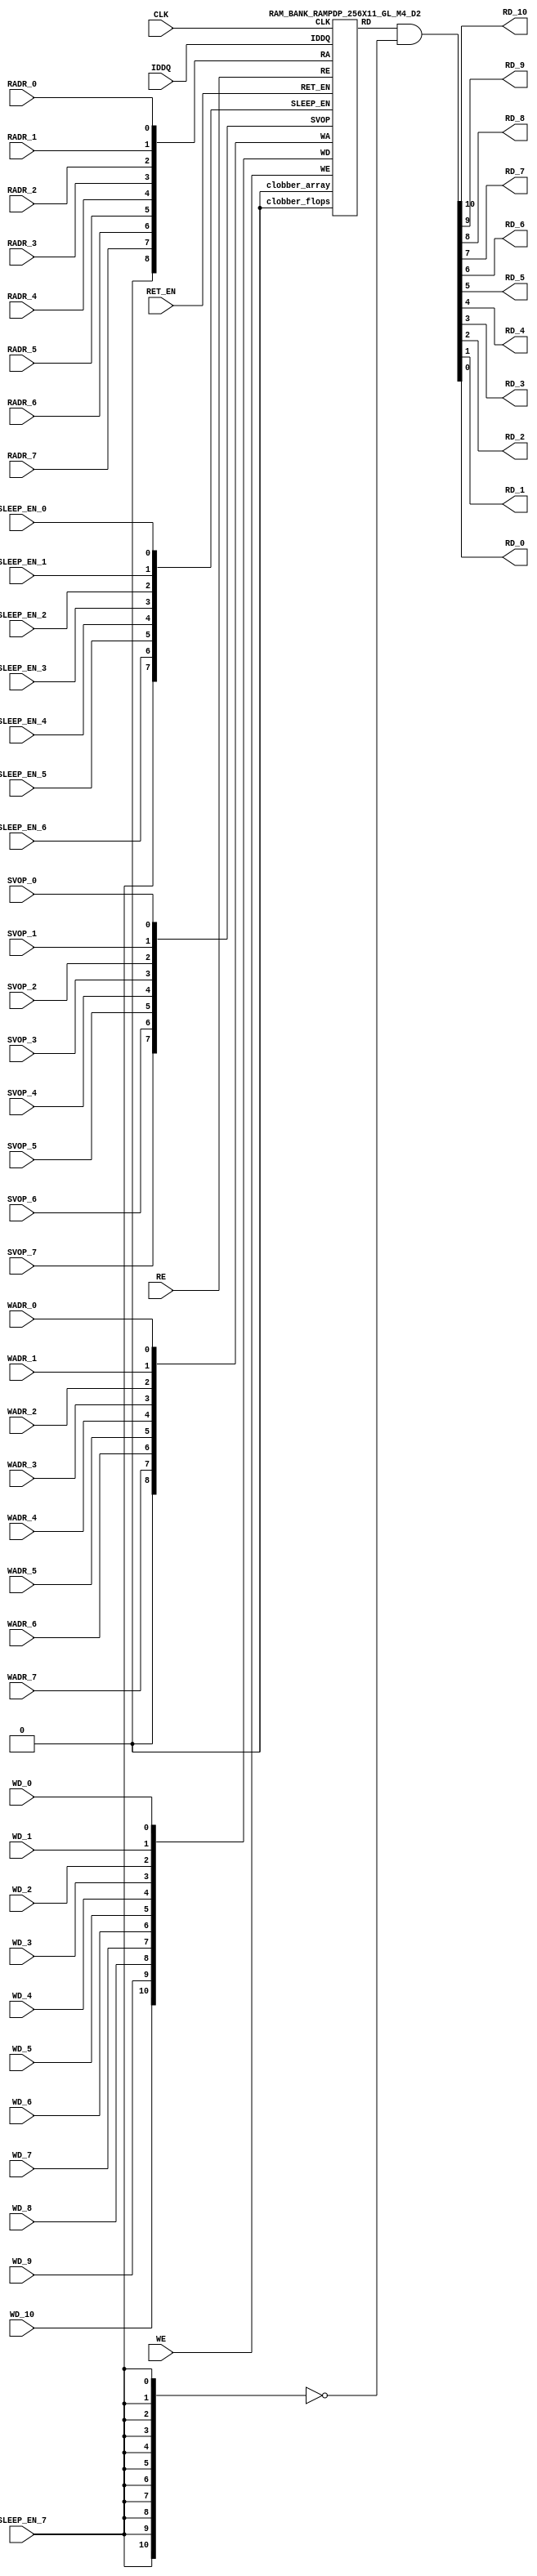
// ================================================================
// NVDLA Open Source Project
// 
// Copyright(c) 2016 - 2017 NVIDIA Corporation.  Licensed under the
// NVDLA Open Hardware License; Check "LICENSE" which comes with 
// this distribution for more information.
// ================================================================


`ifdef EMULATION
	`define SYNTHESIS
`endif

`ifndef SYNTHESIS
	`ifdef FAULT_INJECTION
		`define SIM_and_FAULT
	`endif
`endif

`ifndef SYNTHESIS
	`ifdef MONITOR
		`define SIM_and_MONITOR
	`endif
`endif


`ifndef SYNTHESIS 
`timescale 10ps/1ps
`endif 
`celldefine
module RAMPDP_256X11_GL_M4_D2 (  WE,  CLK, IDDQ, SVOP_0, SVOP_1, SVOP_2, SVOP_3, SVOP_4, SVOP_5, SVOP_6, SVOP_7 
,WD_10, WD_9, WD_8, WD_7, WD_6, WD_5, WD_4, WD_3, WD_2, WD_1, WD_0,RD_10, RD_9, RD_8, RD_7, RD_6, RD_5, RD_4, RD_3, RD_2, RD_1, RD_0, RE
, RADR_7, RADR_6, RADR_5, RADR_4, RADR_3, RADR_2, RADR_1, RADR_0, WADR_7, WADR_6, WADR_5, WADR_4, WADR_3, WADR_2, WADR_1, WADR_0, SLEEP_EN_7, SLEEP_EN_6, SLEEP_EN_5, SLEEP_EN_4, SLEEP_EN_3, SLEEP_EN_2, SLEEP_EN_1, SLEEP_EN_0, RET_EN
);

// nvProps NoBus SLEEP_EN_

`ifndef RAM_INTERFACE
`ifndef SYNTHESIS
// Physical ram size defined as localparam
parameter phy_rows = 64;
parameter phy_cols = 44;
parameter phy_rcols_pos = 44'b00000000000000000000000000000000000000000000;

`endif //SYNTHESIS
`endif //RAM_INTERFACE

// Test mode control ports
input IDDQ;
// Clock port
input CLK;
// SVOP ports
input SVOP_0, SVOP_1, SVOP_2, SVOP_3, SVOP_4, SVOP_5, SVOP_6, SVOP_7;
// Write data ports
input WD_10, WD_9, WD_8, WD_7, WD_6, WD_5, WD_4, WD_3, WD_2, WD_1, WD_0;
// Read data ports
output RD_10, RD_9, RD_8, RD_7, RD_6, RD_5, RD_4, RD_3, RD_2, RD_1, RD_0;
// Read enable ports
input RE;
// Write enable ports
input WE;
// Read address ports
input RADR_7, RADR_6, RADR_5, RADR_4, RADR_3, RADR_2, RADR_1, RADR_0;
// Write address ports
input WADR_7, WADR_6, WADR_5, WADR_4, WADR_3, WADR_2, WADR_1, WADR_0;

// PG Zone enables
input SLEEP_EN_0, SLEEP_EN_1, SLEEP_EN_2, SLEEP_EN_3, SLEEP_EN_4, SLEEP_EN_5, SLEEP_EN_6, SLEEP_EN_7, RET_EN;

`ifndef RAM_INTERFACE
wire VDD = 1'b1;
wire GND  = 1'b0;

// Combine the sleep enable pins into one bus
	wire [7:0] SLEEP_EN = {SLEEP_EN_7, SLEEP_EN_6, SLEEP_EN_5, SLEEP_EN_4, SLEEP_EN_3, SLEEP_EN_2, SLEEP_EN_1, SLEEP_EN_0};

// Signal to clamp the outputs when the VDD is power gated off.
	wire clamp_rd   = SLEEP_EN[7] ;

// State point clobering signals
// X-out state points when their power goes out
    wire clobber_x;
`ifndef SYNTHESIS
`ifdef DISABLE_REPAIR_X
    wire check_x = (RET_EN ^ (^SLEEP_EN[7:0]) ^  SVOP_0 ^ SVOP_1 ^ SVOP_2 ^ SVOP_3 ^ SVOP_4 ^ SVOP_5 ^ SVOP_6 ^ SVOP_7);
`else 
    wire check_x = (RET_EN ^ (^SLEEP_EN[7:0]) ^  SVOP_0 ^ SVOP_1 ^ SVOP_2 ^ SVOP_3 ^ SVOP_4 ^ SVOP_5 ^ SVOP_6 ^ SVOP_7 );
`endif 
    assign clobber_x = ((check_x === 1'bx) || (check_x === 1'bz))?1'b1:1'b0;
 
    wire clobber_array = (~RET_EN & (|SLEEP_EN[3:0]))  | clobber_x;
    wire clobber_flops = (|SLEEP_EN[7:4]) | clobber_x ;
`else //SYNTHESIS
    wire clobber_array = 1'b0;
    wire clobber_flops = 1'b0;
    assign clobber_x = 1'b0;
`endif //SYNTHESIS 

// Output valid signal
// Outputs are unknown in non-retention mode if VDDM is powered up , but VDD is not 
    wire outvalid;
	assign outvalid = ~(clobber_x | (~RET_EN & (|SLEEP_EN[3:0]) & (|(~SLEEP_EN[7:4]))));


//assemble & rename wires
// Extend the MSB's of the read/write addresses to cover all the flop inputs
// The number of address flops is fixed. Also combine all the individual *_* bits into one bus
	wire [8:0] RA = {1'b0, RADR_7, RADR_6, RADR_5, RADR_4, RADR_3, RADR_2, RADR_1, RADR_0};
	wire [8:0] WA = {1'b0, WADR_7, WADR_6, WADR_5, WADR_4, WADR_3, WADR_2, WADR_1, WADR_0};
// Combine all the write data input bits
	wire [10:0] WD = {WD_10, WD_9, WD_8, WD_7, WD_6, WD_5, WD_4, WD_3, WD_2, WD_1, WD_0};
	wire [10:0] RD;
// Expand the read data bus into individual output bits
//	assign {RD_10, RD_9, RD_8, RD_7, RD_6, RD_5, RD_4, RD_3, RD_2, RD_1, RD_0} = (outvalid) ? RD : 11'bx;
// Do the read data swizzing based on the number of words and bits. 
`ifndef SYNTHESIS
	assign {RD_10, RD_9, RD_8, RD_7, RD_6, RD_5, RD_4, RD_3, RD_2, RD_1, RD_0} = (outvalid) ? RD & ~{11{clamp_rd}} : 11'bx;
`else
	assign {RD_10, RD_9, RD_8, RD_7, RD_6, RD_5, RD_4, RD_3, RD_2, RD_1, RD_0} =  RD & ~{11{clamp_rd}};
`endif
	wire [7:0] SVOP = {SVOP_7, SVOP_6, SVOP_5, SVOP_4, SVOP_3, SVOP_2, SVOP_1, SVOP_0};


`ifndef EMULATION

// Instantiate memory bank
// This block defines the core functionality of the rams.
	RAM_BANK_RAMPDP_256X11_GL_M4_D2 ITOP ( WE, CLK, IDDQ, SVOP, WD, RD, RE, RA, WA
, SLEEP_EN
,  RET_EN, clobber_array , clobber_flops 
);

`ifndef SYNTHESIS 
// Tasks for initializing the arrays
//VCS coverage off    
always  @(clobber_array) begin : clobber_array_block
    integer i;
    if (clobber_array) begin
	    for (i=0; i<256; i=i+1) begin
		     mem_wr_raw(i, {11{1'bx}});
		end
    end
end


always  @(clobber_flops) begin
  if (clobber_flops) begin
      ITOP.RE_LATB <= 1'bx;
      ITOP.RE_FF <= 1'bx;
      ITOP.WE_LATB <= 1'bx;
      ITOP.WE_FF <= 1'bx;
      ITOP.RADR <= 9'bx;
      ITOP.WADR <= 9'bx;
      ITOP.WAFF <= 9'bx;
      ITOP.WDQ_pr <= 11'bx;
      ITOP.dout <= 11'bx;
  end
end  
//VCS coverage on    

//VCS coverage off    
task mem_wr_raw;
  input [7:0] addr;
  input [10:0] data;
  begin
    if (addr[1:0] == 2'b00) 
        ITOP.iow0.mem_wr_raw_subbank(addr[7:2], data);
    else if (addr[1:0] == 2'b01)
        ITOP.iow1.mem_wr_raw_subbank(addr[7:2], data);
    else if (addr[1:0] == 2'b10)
        ITOP.iow2.mem_wr_raw_subbank(addr[7:2], data);
    else if (addr[1:0] == 2'b11)
        ITOP.iow3.mem_wr_raw_subbank(addr[7:2], data);
  end
endtask

// Ramgen function for writing the arrays 
task mem_write;
  input [7:0] addr;
  input [10:0] data;
  begin
    ITOP.mem_write_bank(addr,data);
  end
endtask

// Ramgen function for reading the arrays 
function [10:0] mem_read;
input [7:0] addr;
  begin
        mem_read = ITOP.mem_read_bank(addr);
  end
endfunction


// Random only generates 32 bit value.
// If nbits > 32, call it multiple times
// Old random fill fills all memory locations with same random value


task mem_fill_random;
	reg [10:0] val;
	integer i;
	begin
		for (i=0; i<256; i=i+1) begin
		    val = {$random};
		    mem_wr_raw(i, val);
		end
	end 
endtask

// Fill the memory with a given bit value 
task mem_fill_value;
    input fill_bit;
	reg [10:0] val;
    integer i;
    begin
        val = {11{fill_bit}};
        for (i=0; i<256; i=i+1) begin
		    mem_wr_raw(i, val);
        end
    end
endtask 

// read logical address and feed into salat
task force_rd;
input [7:0] addr;
	reg [10:0] rd;

	`ifdef USE_RAMINIT_LIBS
	reg raminit_active, raminit_argcheck, raminit_debug, raminit_enable, raminit_random, raminit_invert,
	    raminit_val, raminit_waitclock, raminit_use_force;
	real raminit_delay_ns, raminit_waitclock_check_ns;
	initial
	begin
	  raminit_active    = 0; // default is inactive (plusarg to active the ram init functionality)
	  raminit_argcheck  = 0; // default is no plusargs check (apart from raminit_active and raminit_argcheck)
	  raminit_debug     = 0; // default is no debug messages
	  raminit_enable    = 0; // default is no init (variable indicating if the ram init functionality is enabled for this instance)
	  raminit_random    = 0; // default is no random init
	  raminit_invert    = 0; // default is not to invert the init value
	  raminit_val       = 0; // default init value is zero
	  raminit_waitclock = 0; // default is not to wait to clock to be non-X
	  raminit_use_force = 1; // default is to use force/release
	  raminit_delay_ns           = `ifdef NV_TOP_RESET_ON_DELAY  (`NV_TOP_RESET_ON_DELAY+2) `else 3 `endif; // default is 2ns after nv_top_reset_ goes low or ram clock is not X
	  raminit_waitclock_check_ns = `ifdef NV_TOP_RESET_OFF_DELAY (`NV_TOP_RESET_OFF_DELAY)  `else 0 `endif; // default is when nv_top_reset_ goes high
	  $value$plusargs("raminit_active=%d",    raminit_active);
	  $value$plusargs("raminit_argcheck=%d",  raminit_argcheck);
	  if (raminit_argcheck)
	  begin
	    // The following variables are not usually used as plusargs, but instead set through add_inst_array calls or the init_inst_file.
	    $value$plusargs("raminit_debug=%d",              raminit_debug);
	    $value$plusargs("raminit_enable=%d",             raminit_enable);
	    $value$plusargs("raminit_random=%d",             raminit_random);
	    $value$plusargs("raminit_invert=%d",             raminit_invert);
	    $value$plusargs("raminit_val=%d",                raminit_val);
	    $value$plusargs("raminit_waitclock=%d",          raminit_waitclock);
	    $value$plusargs("raminit_delay_ns=%f",           raminit_delay_ns);
	    $value$plusargs("raminit_waitclock_check_ns=%f", raminit_waitclock_check_ns);
	    $value$plusargs("raminit_use_force=%d",          raminit_use_force);
	  end
	  `ifdef INST_CHECK
	  `INST_CHECK(ram_inst_check0,raminit_active,raminit_debug,raminit_enable,raminit_random,raminit_val,raminit_invert,raminit_waitclock,raminit_delay_ns,raminit_waitclock_check_ns);
	  `endif
	  if (!raminit_active)  raminit_enable = 0;
	  else if (raminit_enable)
	  begin
	    if (raminit_random) raminit_val = `ifdef NO_PLI 1'b0 `else $RollPLI(0,1) `endif;
	    if (raminit_invert) raminit_val = ~raminit_val;
	  end
	  if (raminit_debug)
	  begin
	    $display("%m: raminit_active              = %d", raminit_active);
	    $display("%m: raminit_argcheck            = %d", raminit_argcheck);
	    $display("%m: raminit_debug               = %d", raminit_debug);
	    $display("%m: raminit_enable              = %d", raminit_enable);
	    $display("%m: raminit_random              = %d", raminit_random);
	    $display("%m: raminit_invert              = %d", raminit_invert);
	    $display("%m: raminit_val                 = %d", raminit_val);
	    $display("%m: raminit_waitclock           = %d", raminit_waitclock);
	    $display("%m: raminit_delay_ns            = %f ns", raminit_delay_ns);
	    $display("%m: raminit_waitclock_check_ns  = %f ns", raminit_waitclock_check_ns);
	    $display("%m: raminit_use_force           = %d", raminit_use_force);
	  end
	end
	`endif

	`ifdef USE_RAMINIT_LIBS
	// init rd
	task init_rd_regs;
	begin
	  #0; // wait for raminit variables to be set
	  if (raminit_enable)
	  begin : raminit_val_blk
	    reg [11-1:0] raminit_fullval;
	    if (raminit_random)  raminit_fullval = `ifdef NO_PLI {11 {1'b1}} `else { $RollPLI(0,{11{1'b1}}) } `endif ;
	    else                 raminit_fullval = {11 {raminit_val}};
	    if (raminit_invert)  raminit_fullval = ~raminit_fullval;
	    if (raminit_use_force)  force rd = raminit_fullval;
	    if (raminit_waitclock)  wait ( !== 1'bx);
	    #(raminit_delay_ns*100);
	    `ifdef INST_WAITCLOCK_CHECK
	    `INST_WAITCLOCK_CHECK(waitclock_inst_check0,raminit_waitclock,raminit_waitclock_check_ns,100)
	    `endif
	    if (raminit_use_force)  release rd;
	    rd = raminit_fullval;
	  end
	end
	endtask
	initial begin init_rd_regs();  end
	`ifdef RAMINIT_TRIGGER
	always @(`RAMINIT_TRIGGER)  init_rd_regs();
	`endif
	`endif // `ifdef USE_RAMINIT_LIBS

	begin
        if (addr[1:0] == 2'b00) 
            rd = ITOP.iow0.mem_read_raw_subbank(addr[7:2]);
        else if (addr[1:0] == 2'b01)
            rd = ITOP.iow1.mem_read_raw_subbank(addr[7:2]);
        else if (addr[1:0] == 2'b10)
            rd = ITOP.iow2.mem_read_raw_subbank(addr[7:2]);
        else if (addr[1:0] == 2'b11)
            rd = ITOP.iow3.mem_read_raw_subbank(addr[7:2]);
		ITOP.dout = rd;
	end
endtask

`ifdef MEM_PHYS_INFO
//function for physical array read row, takes physical address
function [43:0] mem_phys_read_padr;
input [5:0] addr;
	reg [43:0] rd_row;

	`ifdef USE_RAMINIT_LIBS
	// init rd_row
	task init_rd_row_regs;
	begin
	  #0; // wait for raminit variables to be set
	  if (raminit_enable)
	  begin : raminit_val_blk
	    reg [44-1:0] raminit_fullval;
	    if (raminit_random)  raminit_fullval = `ifdef NO_PLI {44 {1'b1}} `else { $RollPLI(0,{32{1'b1}}), $RollPLI(0,{12{1'b1}}) } `endif ;
	    else                 raminit_fullval = {44 {raminit_val}};
	    if (raminit_invert)  raminit_fullval = ~raminit_fullval;
	    if (raminit_use_force)  force rd_row = raminit_fullval;
	    if (raminit_waitclock)  wait ( !== 1'bx);
	    #(raminit_delay_ns*100);
	    `ifdef INST_WAITCLOCK_CHECK
	    `INST_WAITCLOCK_CHECK(waitclock_inst_check1,raminit_waitclock,raminit_waitclock_check_ns,100)
	    `endif
	    if (raminit_use_force)  release rd_row;
	    rd_row = raminit_fullval;
	  end
	end
	endtask
	initial begin init_rd_row_regs();  end
	`ifdef RAMINIT_TRIGGER
	always @(`RAMINIT_TRIGGER)  init_rd_row_regs();
	`endif
	`endif // `ifdef USE_RAMINIT_LIBS

	reg [10:0] rd[3:0];
	integer i;
	begin
        rd[0] = ITOP.iow0.mem_read_raw_subbank(addr);
        rd[1] = ITOP.iow1.mem_read_raw_subbank(addr);
        rd[2] = ITOP.iow2.mem_read_raw_subbank(addr);
        rd[3] = ITOP.iow3.mem_read_raw_subbank(addr);
        for (i=0; i<=10; i=i+1) begin
            rd_row[i*4+0] = rd[0][i];
            rd_row[i*4+1] = rd[1][i];
            rd_row[i*4+2] = rd[2][i];
            rd_row[i*4+3] = rd[3][i];
		end
		mem_phys_read_padr = rd_row;
	end
endfunction

//function for physical array read row, takes logical address
function [43:0] mem_phys_read_ladr;
input [7:0] addr;
    reg [5:0] paddr;
	reg [43:0] rd_row;

	`ifdef USE_RAMINIT_LIBS
	// init rd_row
	task init_rd_row_regs;
	begin
	  #0; // wait for raminit variables to be set
	  if (raminit_enable)
	  begin : raminit_val_blk
	    reg [44-1:0] raminit_fullval;
	    if (raminit_random)  raminit_fullval = `ifdef NO_PLI {44 {1'b1}} `else { $RollPLI(0,{32{1'b1}}), $RollPLI(0,{12{1'b1}}) } `endif ;
	    else                 raminit_fullval = {44 {raminit_val}};
	    if (raminit_invert)  raminit_fullval = ~raminit_fullval;
	    if (raminit_use_force)  force rd_row = raminit_fullval;
	    if (raminit_waitclock)  wait ( !== 1'bx);
	    #(raminit_delay_ns*100);
	    `ifdef INST_WAITCLOCK_CHECK
	    `INST_WAITCLOCK_CHECK(waitclock_inst_check2,raminit_waitclock,raminit_waitclock_check_ns,100)
	    `endif
	    if (raminit_use_force)  release rd_row;
	    rd_row = raminit_fullval;
	  end
	end
	endtask
	initial begin init_rd_row_regs();  end
	`ifdef RAMINIT_TRIGGER
	always @(`RAMINIT_TRIGGER)  init_rd_row_regs();
	`endif
	`endif // `ifdef USE_RAMINIT_LIBS

	reg [10:0] rd[3:0];
	integer i;
	begin
        paddr = (addr >> 2);
        rd[0] = ITOP.iow0.mem_read_raw_subbank(paddr);
        rd[1] = ITOP.iow1.mem_read_raw_subbank(paddr);
        rd[2] = ITOP.iow2.mem_read_raw_subbank(paddr);
        rd[3] = ITOP.iow3.mem_read_raw_subbank(paddr);
        for (i=0; i<=10; i=i+1) begin
            rd_row[i*4+0] = rd[0][i];
            rd_row[i*4+1] = rd[1][i];
            rd_row[i*4+2] = rd[2][i];
            rd_row[i*4+3] = rd[3][i];
		end
		mem_phys_read_ladr = rd_row;
	end
endfunction


//function for physical array read row with column masking, takes logical address
function [43:0] mem_phys_read_pmasked;
input [7:0] addr;
   reg [43:0] rd_row;

   `ifdef USE_RAMINIT_LIBS
   // init rd_row
   task init_rd_row_regs;
   begin
     #0; // wait for raminit variables to be set
     if (raminit_enable)
     begin : raminit_val_blk
       reg [44-1:0] raminit_fullval;
       if (raminit_random)  raminit_fullval = `ifdef NO_PLI {44 {1'b1}} `else { $RollPLI(0,{32{1'b1}}), $RollPLI(0,{12{1'b1}}) } `endif ;
       else                 raminit_fullval = {44 {raminit_val}};
       if (raminit_invert)  raminit_fullval = ~raminit_fullval;
       if (raminit_use_force)  force rd_row = raminit_fullval;
       if (raminit_waitclock)  wait ( !== 1'bx);
       #(raminit_delay_ns*100);
       `ifdef INST_WAITCLOCK_CHECK
       `INST_WAITCLOCK_CHECK(waitclock_inst_check3,raminit_waitclock,raminit_waitclock_check_ns,100)
       `endif
       if (raminit_use_force)  release rd_row;
       rd_row = raminit_fullval;
     end
   end
   endtask
   initial begin init_rd_row_regs();  end
   `ifdef RAMINIT_TRIGGER
   always @(`RAMINIT_TRIGGER)  init_rd_row_regs();
   `endif
   `endif // `ifdef USE_RAMINIT_LIBS

   reg [10:0] rd[3 : 0];
   integer i;
   begin
        rd[0] = (addr[1:0] === 0) ? ITOP.iow0.mem_read_raw_subbank(addr[7:2]) : 11'bx;
        rd[1] = (addr[1:0] === 1) ? ITOP.iow1.mem_read_raw_subbank(addr[7:2]) : 11'bx;
        rd[2] = (addr[1:0] === 2) ? ITOP.iow2.mem_read_raw_subbank(addr[7:2]) : 11'bx;
        rd[3] = (addr[1:0] === 3) ? ITOP.iow3.mem_read_raw_subbank(addr[7:2]) : 11'bx;
        for (i=0; i<=10; i=i+1) begin
            rd_row[i*4+0] = rd[0][i];
            rd_row[i*4+1] = rd[1][i];
            rd_row[i*4+2] = rd[2][i];
            rd_row[i*4+3] = rd[3][i];
        end
        mem_phys_read_pmasked = rd_row;
    end
endfunction

//Task for physical array write row, takes physical address
task mem_phys_write;
input [5:0] addr;
input [43:0] data;
	reg [10:0] wr[3:0];
	integer i;
	begin
        for (i=0; i<=10; i=i+1) begin
            wr[0][i] = data[i*4+0];
            wr[1][i] = data[i*4+1];
            wr[2][i] = data[i*4+2];
            wr[3][i] = data[i*4+3];
		end
        ITOP.iow0.mem_wr_raw_subbank(addr,wr[0]);
        ITOP.iow1.mem_wr_raw_subbank(addr,wr[1]);
        ITOP.iow2.mem_wr_raw_subbank(addr,wr[2]);
        ITOP.iow3.mem_wr_raw_subbank(addr,wr[3]);
	end
endtask

// Function to return a physical address given a logical address input.
function [5:0] mem_log_to_phys_adr;
input [7:0] addr;
    begin
        mem_log_to_phys_adr = (addr >> 2) ; 
    end
endfunction 
`endif //MEM_PHYS_INFO

`ifdef MONITOR
// Monitor dump trigger
reg dump_monitor_result;

initial begin : init_monitor
  dump_monitor_result = 1'b0;
end

task monitor_on;
    begin
		ITOP.iow0.monitor_on = 1'b1;
		ITOP.iow1.monitor_on = 1'b1;
		ITOP.iow2.monitor_on = 1'b1;
		ITOP.iow3.monitor_on = 1'b1;
   end
endtask

task monitor_off;
    begin
		ITOP.iow0.monitor_on = 1'b0;
		ITOP.iow1.monitor_on = 1'b0;
		ITOP.iow2.monitor_on = 1'b0;
		ITOP.iow3.monitor_on = 1'b0;
        dump_monitor_result = 1'b1;
    end
endtask

// read bit_written monitor row by physical address from subarray
function [43:0] mon_bit_w;
input [5:0] addr;
	reg [43:0] mon_row;
	reg [10:0] mon_word[3:0];
	integer i;
	begin
		// read all monitor words for a row
		mon_word[0] = ITOP.iow0.bit_written[addr];
		mon_word[1] = ITOP.iow1.bit_written[addr];
		mon_word[2] = ITOP.iow2.bit_written[addr];
		mon_word[3] = ITOP.iow3.bit_written[addr];
		// combine all 4 words to a row
		for (i=0; i<=10; i=i+1) begin
			mon_row[i*4+0] = mon_word[0][i];
			mon_row[i*4+1] = mon_word[1][i];
			mon_row[i*4+2] = mon_word[2][i];
			mon_row[i*4+3] = mon_word[3][i];
		end
		mon_bit_w = mon_row;
	end
endfunction

// read bit_read monitor word by address from subarray
function [43:0] mon_bit_r;
input [5:0] addr;
	reg [43:0] mon_row;
	reg [10:0] mon_word[3:0];
	integer i;
	begin
		// read all monitor words for a row
		mon_word[0] = ITOP.iow0.bit_read[addr];
		mon_word[1] = ITOP.iow1.bit_read[addr];
		mon_word[2] = ITOP.iow2.bit_read[addr];
		mon_word[3] = ITOP.iow3.bit_read[addr];
		// combine all 4 words to a row
		for (i=0; i<=10; i=i+1) begin
			mon_row[i*4+0] = mon_word[0][i];
			mon_row[i*4+1] = mon_word[1][i];
			mon_row[i*4+2] = mon_word[2][i];
			mon_row[i*4+3] = mon_word[3][i];
		end
		mon_bit_r = mon_row;
	end
endfunction

// read word_written monitor row by physical address from subarray
function  mon_word_w;
input [5:0] addr;
	reg mon_word[3:0];
	integer i;
	begin
		// read all monitor words for a row
		mon_word[0] = ITOP.iow0.word_written[addr];
		mon_word[1] = ITOP.iow1.word_written[addr];
		mon_word[2] = ITOP.iow2.word_written[addr];
		mon_word[3] = ITOP.iow3.word_written[addr];
		// combine all 4 words to a row
		mon_word_w = mon_word[0] | mon_word[1]| mon_word[2]| mon_word[3] ;
	end
endfunction

// read word_read monitor row by physical address from subarray
function  mon_word_r;
input [5:0] addr;
	reg mon_word[3:0];
	integer i;
	begin
		// read all monitor words for a row
		mon_word[0] = ITOP.iow0.word_read[addr];
		mon_word[1] = ITOP.iow1.word_read[addr];
		mon_word[2] = ITOP.iow2.word_read[addr];
		mon_word[3] = ITOP.iow3.word_read[addr];
		// combine all 4 words to a row
		mon_word_r = mon_word[0] | mon_word[1]| mon_word[2]| mon_word[3] ;
	end
endfunction

always @(dump_monitor_result) begin : dump_monitor
	integer i;
	integer j;
	reg [43:0] tmp_row;
    reg tmp_bit;
	if (dump_monitor_result == 1'b1) begin
	    $display("Exercised coverage summary:");
        $display("\t%m rows unwritten:");
        for(i=0;i<=64;i=i+1) begin
			tmp_bit = mon_word_w(i);
            if (tmp_bit !== 1) $display("\t\trow %d", i);
		end
        $display("\t%m rows unread:");
        for(i=0;i<=64;i=i+1) begin
			tmp_bit = mon_word_r(i);
            if (tmp_bit !== 1) $display("\t\trow %d", i);
		end
		$display("\t%m bits not written as 0:");
		for (i=0; i<64; i=i+1) begin
			tmp_row = mon_bit_w(i);
			for (j=0; j<44; j=j+1) begin
				if (tmp_row[j] !== 1'b0 && tmp_row[j] !== 1'bz) $display("\t\t[row,bit] [%d,%d]", i, j);
			end
		end
		$display("\t%m bits not written as 1:");
		for (i=0; i<64; i=i+1) begin
			tmp_row = mon_bit_w(i);
			for (j=0; j<44; j=j+1) begin
				if (tmp_row[j] !== 1'b1 && tmp_row[j] !== 1'bz) $display("\t\t[row,bit] [%d,%d]", i, j);
			end
		end
		$display("\t%m bits not read as 0:");
		for (i=0; i<64; i=i+1) begin
			tmp_row = mon_bit_r(i);
			for (j=0; j<44; j=j+1) begin
				if (tmp_row[j] !== 1'b0 && tmp_row[j] !== 1'bz) $display("\t\t[row,bit] [%d,%d]", i, j);
			end
		end
		$display("\t%m bits not read as 1:");
		for (i=0; i<64; i=i+1) begin
			tmp_row = mon_bit_r(i);
			for (j=0; j<44; j=j+1) begin
				if (tmp_row[j] !== 1'b1 && tmp_row[j] !== 1'bz) $display("\t\t[row,bit] [%d,%d]", i, j);
			end
		end
		dump_monitor_result = 1'b0;
	end
end

//VCS coverage on    
`endif // MONITOR

`ifdef NV_RAM_EXPAND_ARRAY
wire [10:0] Q_0 = ITOP.iow0.arr[0];
wire [10:0] Q_1 = ITOP.iow1.arr[0];
wire [10:0] Q_2 = ITOP.iow2.arr[0];
wire [10:0] Q_3 = ITOP.iow3.arr[0];
wire [10:0] Q_4 = ITOP.iow0.arr[1];
wire [10:0] Q_5 = ITOP.iow1.arr[1];
wire [10:0] Q_6 = ITOP.iow2.arr[1];
wire [10:0] Q_7 = ITOP.iow3.arr[1];
wire [10:0] Q_8 = ITOP.iow0.arr[2];
wire [10:0] Q_9 = ITOP.iow1.arr[2];
wire [10:0] Q_10 = ITOP.iow2.arr[2];
wire [10:0] Q_11 = ITOP.iow3.arr[2];
wire [10:0] Q_12 = ITOP.iow0.arr[3];
wire [10:0] Q_13 = ITOP.iow1.arr[3];
wire [10:0] Q_14 = ITOP.iow2.arr[3];
wire [10:0] Q_15 = ITOP.iow3.arr[3];
wire [10:0] Q_16 = ITOP.iow0.arr[4];
wire [10:0] Q_17 = ITOP.iow1.arr[4];
wire [10:0] Q_18 = ITOP.iow2.arr[4];
wire [10:0] Q_19 = ITOP.iow3.arr[4];
wire [10:0] Q_20 = ITOP.iow0.arr[5];
wire [10:0] Q_21 = ITOP.iow1.arr[5];
wire [10:0] Q_22 = ITOP.iow2.arr[5];
wire [10:0] Q_23 = ITOP.iow3.arr[5];
wire [10:0] Q_24 = ITOP.iow0.arr[6];
wire [10:0] Q_25 = ITOP.iow1.arr[6];
wire [10:0] Q_26 = ITOP.iow2.arr[6];
wire [10:0] Q_27 = ITOP.iow3.arr[6];
wire [10:0] Q_28 = ITOP.iow0.arr[7];
wire [10:0] Q_29 = ITOP.iow1.arr[7];
wire [10:0] Q_30 = ITOP.iow2.arr[7];
wire [10:0] Q_31 = ITOP.iow3.arr[7];
wire [10:0] Q_32 = ITOP.iow0.arr[8];
wire [10:0] Q_33 = ITOP.iow1.arr[8];
wire [10:0] Q_34 = ITOP.iow2.arr[8];
wire [10:0] Q_35 = ITOP.iow3.arr[8];
wire [10:0] Q_36 = ITOP.iow0.arr[9];
wire [10:0] Q_37 = ITOP.iow1.arr[9];
wire [10:0] Q_38 = ITOP.iow2.arr[9];
wire [10:0] Q_39 = ITOP.iow3.arr[9];
wire [10:0] Q_40 = ITOP.iow0.arr[10];
wire [10:0] Q_41 = ITOP.iow1.arr[10];
wire [10:0] Q_42 = ITOP.iow2.arr[10];
wire [10:0] Q_43 = ITOP.iow3.arr[10];
wire [10:0] Q_44 = ITOP.iow0.arr[11];
wire [10:0] Q_45 = ITOP.iow1.arr[11];
wire [10:0] Q_46 = ITOP.iow2.arr[11];
wire [10:0] Q_47 = ITOP.iow3.arr[11];
wire [10:0] Q_48 = ITOP.iow0.arr[12];
wire [10:0] Q_49 = ITOP.iow1.arr[12];
wire [10:0] Q_50 = ITOP.iow2.arr[12];
wire [10:0] Q_51 = ITOP.iow3.arr[12];
wire [10:0] Q_52 = ITOP.iow0.arr[13];
wire [10:0] Q_53 = ITOP.iow1.arr[13];
wire [10:0] Q_54 = ITOP.iow2.arr[13];
wire [10:0] Q_55 = ITOP.iow3.arr[13];
wire [10:0] Q_56 = ITOP.iow0.arr[14];
wire [10:0] Q_57 = ITOP.iow1.arr[14];
wire [10:0] Q_58 = ITOP.iow2.arr[14];
wire [10:0] Q_59 = ITOP.iow3.arr[14];
wire [10:0] Q_60 = ITOP.iow0.arr[15];
wire [10:0] Q_61 = ITOP.iow1.arr[15];
wire [10:0] Q_62 = ITOP.iow2.arr[15];
wire [10:0] Q_63 = ITOP.iow3.arr[15];
wire [10:0] Q_64 = ITOP.iow0.arr[16];
wire [10:0] Q_65 = ITOP.iow1.arr[16];
wire [10:0] Q_66 = ITOP.iow2.arr[16];
wire [10:0] Q_67 = ITOP.iow3.arr[16];
wire [10:0] Q_68 = ITOP.iow0.arr[17];
wire [10:0] Q_69 = ITOP.iow1.arr[17];
wire [10:0] Q_70 = ITOP.iow2.arr[17];
wire [10:0] Q_71 = ITOP.iow3.arr[17];
wire [10:0] Q_72 = ITOP.iow0.arr[18];
wire [10:0] Q_73 = ITOP.iow1.arr[18];
wire [10:0] Q_74 = ITOP.iow2.arr[18];
wire [10:0] Q_75 = ITOP.iow3.arr[18];
wire [10:0] Q_76 = ITOP.iow0.arr[19];
wire [10:0] Q_77 = ITOP.iow1.arr[19];
wire [10:0] Q_78 = ITOP.iow2.arr[19];
wire [10:0] Q_79 = ITOP.iow3.arr[19];
wire [10:0] Q_80 = ITOP.iow0.arr[20];
wire [10:0] Q_81 = ITOP.iow1.arr[20];
wire [10:0] Q_82 = ITOP.iow2.arr[20];
wire [10:0] Q_83 = ITOP.iow3.arr[20];
wire [10:0] Q_84 = ITOP.iow0.arr[21];
wire [10:0] Q_85 = ITOP.iow1.arr[21];
wire [10:0] Q_86 = ITOP.iow2.arr[21];
wire [10:0] Q_87 = ITOP.iow3.arr[21];
wire [10:0] Q_88 = ITOP.iow0.arr[22];
wire [10:0] Q_89 = ITOP.iow1.arr[22];
wire [10:0] Q_90 = ITOP.iow2.arr[22];
wire [10:0] Q_91 = ITOP.iow3.arr[22];
wire [10:0] Q_92 = ITOP.iow0.arr[23];
wire [10:0] Q_93 = ITOP.iow1.arr[23];
wire [10:0] Q_94 = ITOP.iow2.arr[23];
wire [10:0] Q_95 = ITOP.iow3.arr[23];
wire [10:0] Q_96 = ITOP.iow0.arr[24];
wire [10:0] Q_97 = ITOP.iow1.arr[24];
wire [10:0] Q_98 = ITOP.iow2.arr[24];
wire [10:0] Q_99 = ITOP.iow3.arr[24];
wire [10:0] Q_100 = ITOP.iow0.arr[25];
wire [10:0] Q_101 = ITOP.iow1.arr[25];
wire [10:0] Q_102 = ITOP.iow2.arr[25];
wire [10:0] Q_103 = ITOP.iow3.arr[25];
wire [10:0] Q_104 = ITOP.iow0.arr[26];
wire [10:0] Q_105 = ITOP.iow1.arr[26];
wire [10:0] Q_106 = ITOP.iow2.arr[26];
wire [10:0] Q_107 = ITOP.iow3.arr[26];
wire [10:0] Q_108 = ITOP.iow0.arr[27];
wire [10:0] Q_109 = ITOP.iow1.arr[27];
wire [10:0] Q_110 = ITOP.iow2.arr[27];
wire [10:0] Q_111 = ITOP.iow3.arr[27];
wire [10:0] Q_112 = ITOP.iow0.arr[28];
wire [10:0] Q_113 = ITOP.iow1.arr[28];
wire [10:0] Q_114 = ITOP.iow2.arr[28];
wire [10:0] Q_115 = ITOP.iow3.arr[28];
wire [10:0] Q_116 = ITOP.iow0.arr[29];
wire [10:0] Q_117 = ITOP.iow1.arr[29];
wire [10:0] Q_118 = ITOP.iow2.arr[29];
wire [10:0] Q_119 = ITOP.iow3.arr[29];
wire [10:0] Q_120 = ITOP.iow0.arr[30];
wire [10:0] Q_121 = ITOP.iow1.arr[30];
wire [10:0] Q_122 = ITOP.iow2.arr[30];
wire [10:0] Q_123 = ITOP.iow3.arr[30];
wire [10:0] Q_124 = ITOP.iow0.arr[31];
wire [10:0] Q_125 = ITOP.iow1.arr[31];
wire [10:0] Q_126 = ITOP.iow2.arr[31];
wire [10:0] Q_127 = ITOP.iow3.arr[31];
wire [10:0] Q_128 = ITOP.iow0.arr[32];
wire [10:0] Q_129 = ITOP.iow1.arr[32];
wire [10:0] Q_130 = ITOP.iow2.arr[32];
wire [10:0] Q_131 = ITOP.iow3.arr[32];
wire [10:0] Q_132 = ITOP.iow0.arr[33];
wire [10:0] Q_133 = ITOP.iow1.arr[33];
wire [10:0] Q_134 = ITOP.iow2.arr[33];
wire [10:0] Q_135 = ITOP.iow3.arr[33];
wire [10:0] Q_136 = ITOP.iow0.arr[34];
wire [10:0] Q_137 = ITOP.iow1.arr[34];
wire [10:0] Q_138 = ITOP.iow2.arr[34];
wire [10:0] Q_139 = ITOP.iow3.arr[34];
wire [10:0] Q_140 = ITOP.iow0.arr[35];
wire [10:0] Q_141 = ITOP.iow1.arr[35];
wire [10:0] Q_142 = ITOP.iow2.arr[35];
wire [10:0] Q_143 = ITOP.iow3.arr[35];
wire [10:0] Q_144 = ITOP.iow0.arr[36];
wire [10:0] Q_145 = ITOP.iow1.arr[36];
wire [10:0] Q_146 = ITOP.iow2.arr[36];
wire [10:0] Q_147 = ITOP.iow3.arr[36];
wire [10:0] Q_148 = ITOP.iow0.arr[37];
wire [10:0] Q_149 = ITOP.iow1.arr[37];
wire [10:0] Q_150 = ITOP.iow2.arr[37];
wire [10:0] Q_151 = ITOP.iow3.arr[37];
wire [10:0] Q_152 = ITOP.iow0.arr[38];
wire [10:0] Q_153 = ITOP.iow1.arr[38];
wire [10:0] Q_154 = ITOP.iow2.arr[38];
wire [10:0] Q_155 = ITOP.iow3.arr[38];
wire [10:0] Q_156 = ITOP.iow0.arr[39];
wire [10:0] Q_157 = ITOP.iow1.arr[39];
wire [10:0] Q_158 = ITOP.iow2.arr[39];
wire [10:0] Q_159 = ITOP.iow3.arr[39];
wire [10:0] Q_160 = ITOP.iow0.arr[40];
wire [10:0] Q_161 = ITOP.iow1.arr[40];
wire [10:0] Q_162 = ITOP.iow2.arr[40];
wire [10:0] Q_163 = ITOP.iow3.arr[40];
wire [10:0] Q_164 = ITOP.iow0.arr[41];
wire [10:0] Q_165 = ITOP.iow1.arr[41];
wire [10:0] Q_166 = ITOP.iow2.arr[41];
wire [10:0] Q_167 = ITOP.iow3.arr[41];
wire [10:0] Q_168 = ITOP.iow0.arr[42];
wire [10:0] Q_169 = ITOP.iow1.arr[42];
wire [10:0] Q_170 = ITOP.iow2.arr[42];
wire [10:0] Q_171 = ITOP.iow3.arr[42];
wire [10:0] Q_172 = ITOP.iow0.arr[43];
wire [10:0] Q_173 = ITOP.iow1.arr[43];
wire [10:0] Q_174 = ITOP.iow2.arr[43];
wire [10:0] Q_175 = ITOP.iow3.arr[43];
wire [10:0] Q_176 = ITOP.iow0.arr[44];
wire [10:0] Q_177 = ITOP.iow1.arr[44];
wire [10:0] Q_178 = ITOP.iow2.arr[44];
wire [10:0] Q_179 = ITOP.iow3.arr[44];
wire [10:0] Q_180 = ITOP.iow0.arr[45];
wire [10:0] Q_181 = ITOP.iow1.arr[45];
wire [10:0] Q_182 = ITOP.iow2.arr[45];
wire [10:0] Q_183 = ITOP.iow3.arr[45];
wire [10:0] Q_184 = ITOP.iow0.arr[46];
wire [10:0] Q_185 = ITOP.iow1.arr[46];
wire [10:0] Q_186 = ITOP.iow2.arr[46];
wire [10:0] Q_187 = ITOP.iow3.arr[46];
wire [10:0] Q_188 = ITOP.iow0.arr[47];
wire [10:0] Q_189 = ITOP.iow1.arr[47];
wire [10:0] Q_190 = ITOP.iow2.arr[47];
wire [10:0] Q_191 = ITOP.iow3.arr[47];
wire [10:0] Q_192 = ITOP.iow0.arr[48];
wire [10:0] Q_193 = ITOP.iow1.arr[48];
wire [10:0] Q_194 = ITOP.iow2.arr[48];
wire [10:0] Q_195 = ITOP.iow3.arr[48];
wire [10:0] Q_196 = ITOP.iow0.arr[49];
wire [10:0] Q_197 = ITOP.iow1.arr[49];
wire [10:0] Q_198 = ITOP.iow2.arr[49];
wire [10:0] Q_199 = ITOP.iow3.arr[49];
wire [10:0] Q_200 = ITOP.iow0.arr[50];
wire [10:0] Q_201 = ITOP.iow1.arr[50];
wire [10:0] Q_202 = ITOP.iow2.arr[50];
wire [10:0] Q_203 = ITOP.iow3.arr[50];
wire [10:0] Q_204 = ITOP.iow0.arr[51];
wire [10:0] Q_205 = ITOP.iow1.arr[51];
wire [10:0] Q_206 = ITOP.iow2.arr[51];
wire [10:0] Q_207 = ITOP.iow3.arr[51];
wire [10:0] Q_208 = ITOP.iow0.arr[52];
wire [10:0] Q_209 = ITOP.iow1.arr[52];
wire [10:0] Q_210 = ITOP.iow2.arr[52];
wire [10:0] Q_211 = ITOP.iow3.arr[52];
wire [10:0] Q_212 = ITOP.iow0.arr[53];
wire [10:0] Q_213 = ITOP.iow1.arr[53];
wire [10:0] Q_214 = ITOP.iow2.arr[53];
wire [10:0] Q_215 = ITOP.iow3.arr[53];
wire [10:0] Q_216 = ITOP.iow0.arr[54];
wire [10:0] Q_217 = ITOP.iow1.arr[54];
wire [10:0] Q_218 = ITOP.iow2.arr[54];
wire [10:0] Q_219 = ITOP.iow3.arr[54];
wire [10:0] Q_220 = ITOP.iow0.arr[55];
wire [10:0] Q_221 = ITOP.iow1.arr[55];
wire [10:0] Q_222 = ITOP.iow2.arr[55];
wire [10:0] Q_223 = ITOP.iow3.arr[55];
wire [10:0] Q_224 = ITOP.iow0.arr[56];
wire [10:0] Q_225 = ITOP.iow1.arr[56];
wire [10:0] Q_226 = ITOP.iow2.arr[56];
wire [10:0] Q_227 = ITOP.iow3.arr[56];
wire [10:0] Q_228 = ITOP.iow0.arr[57];
wire [10:0] Q_229 = ITOP.iow1.arr[57];
wire [10:0] Q_230 = ITOP.iow2.arr[57];
wire [10:0] Q_231 = ITOP.iow3.arr[57];
wire [10:0] Q_232 = ITOP.iow0.arr[58];
wire [10:0] Q_233 = ITOP.iow1.arr[58];
wire [10:0] Q_234 = ITOP.iow2.arr[58];
wire [10:0] Q_235 = ITOP.iow3.arr[58];
wire [10:0] Q_236 = ITOP.iow0.arr[59];
wire [10:0] Q_237 = ITOP.iow1.arr[59];
wire [10:0] Q_238 = ITOP.iow2.arr[59];
wire [10:0] Q_239 = ITOP.iow3.arr[59];
wire [10:0] Q_240 = ITOP.iow0.arr[60];
wire [10:0] Q_241 = ITOP.iow1.arr[60];
wire [10:0] Q_242 = ITOP.iow2.arr[60];
wire [10:0] Q_243 = ITOP.iow3.arr[60];
wire [10:0] Q_244 = ITOP.iow0.arr[61];
wire [10:0] Q_245 = ITOP.iow1.arr[61];
wire [10:0] Q_246 = ITOP.iow2.arr[61];
wire [10:0] Q_247 = ITOP.iow3.arr[61];
wire [10:0] Q_248 = ITOP.iow0.arr[62];
wire [10:0] Q_249 = ITOP.iow1.arr[62];
wire [10:0] Q_250 = ITOP.iow2.arr[62];
wire [10:0] Q_251 = ITOP.iow3.arr[62];
wire [10:0] Q_252 = ITOP.iow0.arr[63];
wire [10:0] Q_253 = ITOP.iow1.arr[63];
wire [10:0] Q_254 = ITOP.iow2.arr[63];
wire [10:0] Q_255 = ITOP.iow3.arr[63];
`endif //NV_RAM_EXPAND_ARRAY
`endif //SYNTHESIS

`ifdef FAULT_INJECTION
// BIST stuck at tasks
// induce faults on columns
//VCS coverage off    
task mem_fault_no_write;
input [10:0] fault_mask;
    begin
        ITOP.iow0.mem_fault_no_write_subbank(fault_mask);
        ITOP.iow1.mem_fault_no_write_subbank(fault_mask);
        ITOP.iow2.mem_fault_no_write_subbank(fault_mask);
        ITOP.iow3.mem_fault_no_write_subbank(fault_mask);
    end
endtask

task mem_fault_stuck_0;
input [10:0] fault_mask;
    begin
        ITOP.iow0.mem_fault_stuck_0_subbank(fault_mask);
        ITOP.iow1.mem_fault_stuck_0_subbank(fault_mask);
        ITOP.iow2.mem_fault_stuck_0_subbank(fault_mask);
        ITOP.iow3.mem_fault_stuck_0_subbank(fault_mask);
    end
endtask

task mem_fault_stuck_1;
input [10:0] fault_mask;
    begin
        ITOP.iow0.mem_fault_stuck_1_subbank(fault_mask);
        ITOP.iow1.mem_fault_stuck_1_subbank(fault_mask);
        ITOP.iow2.mem_fault_stuck_1_subbank(fault_mask);
        ITOP.iow3.mem_fault_stuck_1_subbank(fault_mask);
    end
endtask

task set_bit_fault_stuck_0;
input r;
input c;
integer r;
integer c;

  if ( (r % 4) == 0) 
    ITOP.iow0.set_bit_fault_stuck_0_subbank((r/4), c);
  else if  ( (r % 4) == 1)
    ITOP.iow1.set_bit_fault_stuck_0_subbank((r/4), c);
  else if  ( (r % 4) == 2)
    ITOP.iow2.set_bit_fault_stuck_0_subbank((r/4), c);
  else if  ( (r % 4) == 3)
    ITOP.iow3.set_bit_fault_stuck_0_subbank((r/4), c);

endtask

task set_bit_fault_stuck_1;
input r;
input c;
integer r;
integer c;
 
    if ( (r % 4) == 0) 
    ITOP.iow0.set_bit_fault_stuck_1_subbank((r/4), c);
  else if  ( (r % 4) == 1)
    ITOP.iow1.set_bit_fault_stuck_1_subbank((r/4), c);
  else if  ( (r % 4) == 2)
    ITOP.iow2.set_bit_fault_stuck_1_subbank((r/4), c);
  else if  ( (r % 4) == 3)
    ITOP.iow3.set_bit_fault_stuck_1_subbank((r/4), c);

endtask

task clear_bit_fault_stuck_0;
input r;
input c;
integer r;
integer c;

  if ( (r % 4) == 0) 
    ITOP.iow0.clear_bit_fault_stuck_0_subbank((r/4), c);
  else if  ( (r % 4) == 1)
    ITOP.iow1.clear_bit_fault_stuck_0_subbank((r/4), c);
  else if  ( (r % 4) == 2)
    ITOP.iow2.clear_bit_fault_stuck_0_subbank((r/4), c);
  else if  ( (r % 4) == 3)
    ITOP.iow3.clear_bit_fault_stuck_0_subbank((r/4), c);

endtask

task clear_bit_fault_stuck_1;
input r;
input c;
integer r;
integer c;

  if ( (r % 4) == 0) 
    ITOP.iow0.clear_bit_fault_stuck_1_subbank((r/4), c);
  else if  ( (r % 4) == 1)
    ITOP.iow1.clear_bit_fault_stuck_1_subbank((r/4), c);
  else if  ( (r % 4) == 2)
    ITOP.iow2.clear_bit_fault_stuck_1_subbank((r/4), c);
  else if  ( (r % 4) == 3)
    ITOP.iow3.clear_bit_fault_stuck_1_subbank((r/4), c);

endtask
//VCS coverage on    

`endif // STUCK
`else // EMULATION=1 
//VCS coverage off    
// The emulation model is a simple model which models only basic functionality and contains no test logic or redundancy.
// The model also uses flops wherever possible. Latches are avoided to help close timing on the emulator.
// The unused pins are left floating in the model.

// Register declarations
// enables 
    reg RE_FF,WE_FF,RE_LAT,WE_LAT;
// Addresses 
    reg [8:0] RAFF,WAFF;
// Data 
    reg [10:0] WD_FF;
    reg [10:0] RD_LAT;
 
// Latch the enables
//spyglass disable_block IntClock,W18 
    always @(*) begin 
        if (!CLK) begin
            RE_LAT <= RE; 
            WE_LAT <= WE; 
        end 
    end
//spyglass enable_block IntClock,W18 
            
// Flop the enables : RE/WE/RE_O
    always @(posedge CLK) begin
        RE_FF <= RE; //spyglass disable IntClock
        WE_FF <= WE; //spyglass disable IntClock
    end 

// Gated clock for the read/write operations 
    wire RECLK = CLK & RE_LAT; //spyglass disable GatedClock
    wire WECLK = CLK & WE_LAT; //spyglass disable GatedClock

// Flop the addresses/write data//mask 
    always @(posedge RECLK) 
        RAFF <= RA; //spyglass disable IntClock
    always @(posedge WECLK) begin 
        WAFF <= WA; //spyglass disable IntClock
        WD_FF <= WD; //spyglass disable IntClock
    end 



// Memory 
    reg [10:0] mem[255:0]; 

// write into the memory on negative edge of clock
   wire WRCLK = ~CLK & WE_FF ; //spyglass disable GatedClock
 
    always @(posedge WRCLK)
        mem[WAFF] <= WD_FF; //spyglass disable SYNTH_5130

// Read 
    wire [10:0] dout;
    assign dout = mem[RAFF]; //spyglass disable SYNTH_5130
    reg [10:0] dout_LAT;
    always @(RECLK or dout) 
        if (RECLK) 
            dout_LAT <= dout; //spyglass disable W18
    assign RD = dout_LAT;

`endif // EMULATION
//VCS coverage on    
`endif  // end RAM_INTERFACE
endmodule
`endcelldefine

`ifndef RAM_INTERFACE
`ifndef EMULATION

//memory bank block
module RAM_BANK_RAMPDP_256X11_GL_M4_D2 ( WE, CLK, IDDQ, SVOP, WD, RD, RE, RA, WA
, SLEEP_EN
, RET_EN , clobber_array , clobber_flops 
);

// Input/output port definitions
input  WE, CLK, IDDQ , RE;
input [7:0] SVOP;
input [10:0] WD;
input [8:0] RA, WA;
output [10:0] RD;
input [7:0] SLEEP_EN;

input RET_EN , clobber_array , clobber_flops ; 

// When there is no bypass requested, tie the internal bypass select to 0.
    wire RDBYP = 1'b0;
//Definitions of latches and flops in the design
// *_LAT --> Latched value
// *_LATB --> inverted latch value
// *_FF   --> Flopped version
	reg RE_LATB, RE_FF, WE_LATB, WE_FF;
	reg [8:0] RADR, WADR, WAFF;

    // For non-pipelined rams , capture_dis is disabled
    wire CAPT_DIS = 1'b0;

// Clamp the array access when IDDQ=1
	wire CLAMPB = ~IDDQ;
	wire latffclk = CLK;

// Latch and flop the primary control enables. This is on the unconditional clock.
// spyglass disable_block W18
	always @(*) begin
    // Latch part 
		if(!latffclk & !clobber_flops) begin
            RE_LATB     <= ~RE ;
            // Write Enable 
			WE_LATB     <= ~WE; // spyglass disable IntClock
		end // end if
	end // end always

	always @(*) begin
    // Flop part
		if (latffclk & !clobber_flops) begin
        // Flop outputs of the latches above
            WE_FF      <= ~WE_LATB;
			RE_FF      <= ~RE_LATB;
        end // end if
    end // end always
// spyglass enable_block W18
    
// Conditional clock generation.

// Write enable	and clock
// Clocks are generated when the write enable OR SE == 1 , but SHOLD == 0
    wire we_se   = ~WE_LATB;
	wire WRDCLK  = we_se & latffclk & !clobber_flops; // spyglass disable GatedClock
	wire WADRCLK = WRDCLK;

// Read enable and clock
// There is no SHOLD dependence on the read clocks because these are implemented using loopback flops
// Clocks are generated when the Read enable OR SE == 1
    wire re_se   = ~RE_LATB;
	wire RADRCLK =  re_se & latffclk ;

//  *** The model reads in A , writes in B ***
// Read clock to the memory is off the rising edge of clock
// CLk ==1 , when RE=1 or (SE=1 and SCRE=1) && (ACC_DIS == 1)
// SE=1 and SCRE=1 is needed to force known values into the latches for launch in testmodes.
	wire RECLK   = (~RE_LATB) & CLAMPB & !clobber_flops & !RET_EN & CLK;
// Writes are shifted to the low phase of the clock
// Flopped version of the enables are used to prevent glitches in the clock
// SCWI ==1 prevents writes into the memory
    wire WECLK   = WE_FF &  CLAMPB & !clobber_flops & !RET_EN & ~CLK;
	wire RWSEL   = WE_FF &  CLAMPB & ~CLK;



// Latch read addresses
// spyglass disable_block W18
	always @(*) begin
		if(!RADRCLK & !clobber_flops) begin
			RADR <= RA;
		end // end if
	end // end always


// Flop write address
	always @(posedge WADRCLK) begin
		WAFF <= WA ;
	end
// spyglass enable_block W18


// Force the MSB's to 0 in the SCRE mode. This makes sure that we will always read in from valid addresses for resetting the output latches.
	wire [8:0] RADRSWI = RADR[8:0];
// Select the read address when CLK=1 and write addresses when CLK=0
	wire [8:0] ADR = {9{RWSEL}} & WAFF | ~{9{RWSEL}} & RADRSWI;

	wire [7:0] fusePDEC2;
	wire [7:0] fusePDEC1;
	wire [7:0] fusePDEC0;
    wire fuseien;
// Non repairable rams
    assign fusePDEC2 = {8{1'b0}};
    assign fusePDEC1 = {8{1'b0}};
    assign fusePDEC0 = {8{1'b0}};
    assign fuseien = 0;

//io part
	wire [10:0] WDQ;
	wire [10:0] WDBQ;
	wire [10:0] WMNexp;
	wire [10:0] WMNQ;

// Expand the fuse predec to 512 bits . It follows the 8x8x8 repeat pattern
// We will use only the ones needed for this particular ram configuration and ignore the rest
	wire [511:0] PDEC2 = {{64{fusePDEC2[7]}}, {64{fusePDEC2[6]}}, {64{fusePDEC2[5]}}, {64{fusePDEC2[4]}}, {64{fusePDEC2[3]}}, {64{fusePDEC2[2]}}, {64{fusePDEC2[1]}}, {64{fusePDEC2[0]}}};
	wire [511:0] PDEC1 = {8{{8{fusePDEC1[7]}}, {8{fusePDEC1[6]}}, {8{fusePDEC1[5]}}, {8{fusePDEC1[4]}}, {8{fusePDEC1[3]}}, {8{fusePDEC1[2]}}, {8{fusePDEC1[1]}}, {8{fusePDEC1[0]}}}};
	wire [511:0] PDEC0 = {64{fusePDEC0[7:0]}};
	wire [10:0] BADBIT, SHFT;

// SHIFT<*> == 1 --> No repair at that bit , 0 --> repair at that bit .
// SHIFT<X> == not(and Pdec*<X>) & SHIFT<X-1>
    assign BADBIT = {11{1'b0}};
    assign SHFT   = {11{1'b1}};

    reg [10:0] WDQ_pr;
    wire [10:0] WDBQ_pr;

    assign WMNexp = {11{1'b1}};

    always @(posedge WRDCLK) begin
// Flop write data
		WDQ_pr[10:0]    <= WD & WMNexp;
	end

    assign WDBQ_pr = ~WDQ_pr;

    assign WMNQ = (WDQ | WDBQ);
	assign WDQ  = WDQ_pr;
	assign WDBQ = WDBQ_pr;

    reg [10:0] dout;
	wire [10:0] RD;
	wire RD_rdnt;

	wire [10:0] sel_normal, sel_redun;

// Read bypass is not used for non custom ram
	wire [10:0] RDBYPASS = {11{1'b0}};


// Read bypass will override redunancy mux .
	assign sel_redun  = ~SHFT & ~RDBYPASS;
	assign sel_normal =  SHFT & ~RDBYPASS;

// Non pipelined Read out. This is a 2 to 1 mux with bypass taking priority
	assign RD = sel_normal & dout | RDBYPASS & WDQ_pr;


// FOR SIMULATION ONLY. REMOVE WHEN ASSERTIONS ARE AVAILABLE!
// The following section figures out the unused address space and forces a X out on the reads/prevents writes
// #unusedbits 1 #lowcmidx 2 #cmstep 1 #cm 4 #maxaddr 256
    wire legal, tiedvalid, empadd;
// Tied off address bits
// This should always be 1 if the tie-off logic at the top-level is correct. 
    assign tiedvalid = ~(|ADR[8:8]);

// Max address is 256 --> ['1', '1', '1', '1', '1', '1', '1', '1']
    assign empadd = 1'b0;
// It is a legal input address if it does not fall in the empty space.
    assign legal = tiedvalid & ~empadd ;
    
    wire [10:0] force_x;
`ifndef SYNTHESIS
    assign force_x = {11{1'bx}};
`else 
    assign force_x = {11{1'b0}};
`endif 

// Generate the read and write clocks for the various CM banks
    wire RdClk0, RdClk1, RdClk2, RdClk3;
    wire WrClk0, WrClk1, WrClk2, WrClk3;
    
    assign RdClk0 = RECLK & ~RADRSWI[0] & ~RADRSWI[1];
    assign RdClk1 = RECLK & RADRSWI[0]  & ~RADRSWI[1];
    assign RdClk2 = RECLK & ~RADRSWI[0] & RADRSWI[1];
    assign RdClk3 = RECLK & RADRSWI[0]  & RADRSWI[1];

    assign WrClk0 = WECLK & ~WAFF[0] & ~WAFF[1]  & legal;
    assign WrClk1 = WECLK & WAFF[0]  & ~WAFF[1]  & legal;
    assign WrClk2 = WECLK & ~WAFF[0] & WAFF[1]   & legal;
    assign WrClk3 = WECLK & WAFF[0]  & WAFF[1]   & legal;

    wire [10:0] rmuxd0, rmuxd1, rmuxd2, rmuxd3;
    wire [10:0] dout0, dout1, dout2, dout3;
// Mux the way reads onto the final read busa
// Output X's if the address is invalid
//    assign rmuxd0 = legal ? {11{RdClk0}} & ~dout0 : force_x;
//    assign rmuxd1 = legal ? {11{RdClk1}} & ~dout1 : force_x;
//    assign rmuxd2 = legal ? {11{RdClk2}} & ~dout2 : force_x;
//    assign rmuxd3 = legal ? {11{RdClk3}} & ~dout3 : force_x;
    assign rmuxd0 = {11{RdClk0}} & ~dout0;
    assign rmuxd1 = {11{RdClk1}} & ~dout1;
    assign rmuxd2 = {11{RdClk2}} & ~dout2;
    assign rmuxd3 = {11{RdClk3}} & ~dout3;

    always @(RECLK or rmuxd0 or rmuxd1 or rmuxd2 or rmuxd3)
    begin
        if (RECLK)
	    begin
            dout[10:0] <= (rmuxd0[10:0] | rmuxd1[10:0] | rmuxd2[10:0] | rmuxd3[10:0]); // spyglass disable W18 
        end
    end

// Instantiate the memory banks. One for each CM .
    RAMPDP_256X11_GL_M4_D2_ram # (64, 11, 7) iow0 (
		WAFF[8:2],
		WrClk0,
        WMNQ,
		WDQ,
		RADRSWI[8:2],
		dout0
	);

    RAMPDP_256X11_GL_M4_D2_ram # (64, 11, 7) iow1 (
		WAFF[8:2],
		WrClk1,
        WMNQ,
		WDQ,
		RADRSWI[8:2],
		dout1
	);

    RAMPDP_256X11_GL_M4_D2_ram # (64, 11, 7) iow2 (
		WAFF[8:2],
		WrClk2,
        WMNQ,
		WDQ,
		RADRSWI[8:2],
		dout2
	);

    RAMPDP_256X11_GL_M4_D2_ram # (64, 11, 7) iow3 (
		WAFF[8:2],
		WrClk3,
        WMNQ,
		WDQ,
		RADRSWI[8:2],
		dout3
	);

 
`ifndef SYNTHESIS 
// Tasks for initializing the arrays
// Ramgen function for writing the arrays 
//VCS coverage off    
task mem_write_bank;
  input [7:0] addr;
  input [10:0] data;
  reg   [10:0] wdat;
  begin
    wdat = data;
    if (addr[1:0] == 2'b00) 
        iow0.mem_wr_raw_subbank(addr[7:2], wdat);
    else if (addr[1:0] == 2'b01)
        iow1.mem_wr_raw_subbank(addr[7:2], wdat);
    else if (addr[1:0] == 2'b10)
        iow2.mem_wr_raw_subbank(addr[7:2], wdat);
    else if (addr[1:0] == 2'b11)
        iow3.mem_wr_raw_subbank(addr[7:2], wdat);
  end
endtask

// Ramgen function for reading the arrays 
function [10:0] mem_read_bank;
input [7:0] addr;
reg [10:0] memout;
  begin
    if (addr[1:0] == 2'b00) 
        memout = iow0.mem_read_raw_subbank(addr[7:2]);
    else if (addr[1:0] == 2'b01)
        memout = iow1.mem_read_raw_subbank(addr[7:2]);
    else if (addr[1:0] == 2'b10)
        memout = iow2.mem_read_raw_subbank(addr[7:2]);
    else if (addr[1:0] == 2'b11)
        memout = iow3.mem_read_raw_subbank(addr[7:2]);
    mem_read_bank = memout;
  end
endfunction
//VCS coverage on    

`endif  //SYNTHESIS

endmodule
`endif // end EMULATION
`endif // end RAM_INTERFACE 

`ifndef RAM_INTERFACE
`ifndef EMULATION
module RAMPDP_256X11_GL_M4_D2_ram (
   wadr,
   wrclk,
   wrmaskn,
   wrdata,
   radr,
   rout_B
);

// default parameters
parameter  words =  64;
parameter  bits  =  11;
parameter  addrs =  7;

// Write address
input  [addrs-1:0] wadr;
// Write clock
input  wrclk;
// Write data
input  [bits-1:0] wrdata;
// Write Mask
input  [bits-1:0] wrmaskn;

// Read address
input  [addrs-1:0] radr;
// Read out
wire   [bits-1:0]  rdarr;
output [bits-1:0] rout_B;


// Memory . words X bits
reg    [bits-1:0]  arr[0:words-1];

`ifdef SIM_and_FAULT
// regs for inducing faults
reg [bits-1:0] fault_no_write; // block writes to this column
reg [bits-1:0] fault_stuck_0;  // column always reads as 0
reg [bits-1:0] fault_stuck_1;  // column always reads as 1
reg [bits-1:0] bit_fault_stuck_0[0:words-1];  // column always reads as 0
reg [bits-1:0] bit_fault_stuck_1[0:words-1];  // column always reads as 1

initial begin : init_bit_fault_stuck
    integer i;
    integer j;
    fault_no_write = {bits{1'b0}};
    fault_stuck_0  = {bits{1'b0}};
    fault_stuck_1  = {bits{1'b0}};
    for ( i =0; i <=words; i=i+1) begin
        bit_fault_stuck_0[i] = {bits{1'b0}};
        bit_fault_stuck_1[i] = {bits{1'b0}};
    end
end
`endif // FAULT

`ifdef SIM_and_MONITOR
//VCS coverage off    
// monitor variables
reg monitor_on;
reg [words-1:0] word_written;
reg [words-1:0] word_read;
reg [bits-1:0] bit_written[0:words-1];
reg [bits-1:0] bit_read[0:words-1];

initial begin : init_monitor
  integer i;
  monitor_on = 1'b0; 
  for(i=0;i<= words-1;i=i+1) begin
      word_written[i] = 1'b0;
      word_read[i] = 1'b0;
      bit_written[i] = {bits{1'bx}};
      bit_read[i] = {bits{1'bx}};
  end
end  
`endif // MONITOR
//VCS coverage on    

// Bit write enable
// Write only when mask=1. Else hold the data.
`ifdef SIM_and_FAULT
// Include fault registers
wire [bits-1:0] bwe = wrmaskn & ~fault_no_write;
`else //SIM_and_FAULT
wire [bits-1:0] bwe = wrmaskn ;
`endif //SIM_and_FAULT
wire [bits-1:0] bitclk = {bits{wrclk}} & bwe ;

integer i;
`ifdef SIM_and_FAULT
always @(bitclk or wadr or wrdata)
`else 
always @(wrclk or wadr or wrdata)
`endif 
begin
`ifdef SIM_and_FAULT
    for (i=0 ; i<bits ; i=i+1) 
    begin
        if (bitclk[i])
            arr[wadr][i] <= wrdata[i]; // spyglass disable SYNTH_5130,W18
    end
`else 
    if (wrclk) 
        arr[wadr] <= wrdata; // spyglass disable SYNTH_5130,W18
`endif
`ifdef SIM_and_MONITOR
//VCS coverage off    
    for (i=0 ; i<bits ; i=i+1) 
    begin
`ifdef SIM_and_FAULT
        if (bitclk[i]) 
`else 
        if (wrclk)
`endif // FAULT
        begin
            // Check which bits are being written. Also track the values as per table below.
            // 1'bx = not accessed
            // 1'b0 = accessed as a 0
            // 1'b1 = accessed as a 1
            // 1'bz = accessed as both 0 and 1 
            if (monitor_on) begin 
				case (bit_written[wadr][i]) // spyglass disable SYNTH_5130,W18
					1'bx: bit_written[wadr][i] = wrdata[i];
					1'b0: bit_written[wadr][i] = wrdata[i] == 1 ? 1'bz : 1'b0;
					1'b1: bit_written[wadr][i] = wrdata[i] == 0 ? 1'bz : 1'b1;
					1'bz: bit_written[wadr][i] = 1'bz;
				endcase
            end
        end // if
    end //for
    if (monitor_on) begin 
    // Word is considered written if any of the bits are written
`ifdef SIM_and_FAULT
        word_written[wadr] <= |(bitclk) | word_written[wadr]; // spyglass disable SYNTH_5130,W18
`else 
        word_written[wadr] <= wrclk | word_written[wadr]; // spyglass disable SYNTH_5130,W18
`endif // FAULT
    end
`endif // MONITOR
//VCS coverage on    
end

`ifdef SIM_and_FAULT
// Include fault registers
wire [bits-1:0] bre = ~(bit_fault_stuck_1[radr] | bit_fault_stuck_0[radr]); // spyglass disable SYNTH_5130
`else //SIM_and_FAULT
wire [bits-1:0] bre = {bits{1'b1}};
`endif //SIM_and_FAULT

// Read the unlatched data out.
`ifdef SIM_and_FAULT
assign rdarr = (~arr[radr] | bit_fault_stuck_0[radr]) & ~bit_fault_stuck_1[radr]; // spyglass disable SYNTH_5130
`else 
assign rdarr = ~arr[radr]; // spyglass disable SYNTH_5130
`endif 

`ifdef SIM_and_MONITOR
//VCS coverage off    
always @radr begin
    // Check if a bit in the word can be read.
    // 1'bx = not accessed
    // 1'b0 = accessed as a 0
    // 1'b1 = accessed as a 1
    // 1'bz = accessed as both 0 and 1 
    if (monitor_on) begin
        for (i=0; i<bits; i=i+1) begin
	        if (bre[i]) begin
	            case (bit_read[radr][i])
				    1'bx: bit_read[radr][i] = rdarr[i];
					1'b0: bit_read[radr][i] = rdarr[i] == 1 ? 1'bz : 1'b0;
					1'b1: bit_read[radr][i] = rdarr[i] == 0 ? 1'bz : 1'b1;
					1'bz: bit_read[radr][i] = 1'bz;
		        endcase
	        end
	    end
    end 
    // Word is marked read only if any of the bits are read.
    word_read[radr] = |(bre);
end
//VCS coverage on    
`endif // MONITOR

`ifndef SYNTHESIS 
assign #0.1 rout_B = rdarr;
`else 
assign  rout_B = rdarr;
`endif

`ifndef SYNTHESIS
// Task for initializing the arrays

//VCS coverage off    
task mem_wr_raw_subbank;
  input [addrs-1:0] addr;
  input [10:0] data;
  begin
    arr[addr] = data;
  end
endtask

// function for array read
function [10:0] mem_read_raw_subbank;
input [addrs-1:0] addr;
	mem_read_raw_subbank = arr[addr];
endfunction

`ifdef FAULT_INJECTION
// BIST Tasks for inducing faults
// induce faults on columns
task mem_fault_no_write_subbank;
  input [bits-1:0] fault_mask;
   begin
    fault_no_write = fault_mask;
  end
endtask

// Stuck at 0 for entire memory
task mem_fault_stuck_0_subbank;
  input [bits-1:0] fault_mask;
  integer i;
   begin
    for ( i=0; i<words; i=i+1 ) begin
      bit_fault_stuck_0[i] = fault_mask;
    end
  end
endtask

// Stuck at 1 for entire memory
task mem_fault_stuck_1_subbank;
  input [bits-1:0] fault_mask;
  integer i;
   begin
    for ( i=0; i<words; i=i+1 ) begin
      bit_fault_stuck_1[i] = fault_mask;
    end
  end
endtask

// Stuck at 0 for specific bit
task set_bit_fault_stuck_0_subbank;
  input r;
  input c;
  integer r;
  integer c;
  bit_fault_stuck_0[r][c] = 1;
endtask

// Stuck at 1 for specific bit
task set_bit_fault_stuck_1_subbank;
  input r;
  input c;
  integer r;
  integer c;
  bit_fault_stuck_1[r][c] = 1;
endtask

// Clear stuck 0 at bit
task clear_bit_fault_stuck_0_subbank;
  input r;
  input c;
  integer r;
  integer c;
  bit_fault_stuck_0[r][c] = 0;
endtask

// Clear stuck 1 at bit
task clear_bit_fault_stuck_1_subbank;
  input r;
  input c;
  integer r;
  integer c;
  bit_fault_stuck_1[r][c] = 0;
endtask
//VCS coverage on    
`endif //STUCK
`endif //SYNTHESIS

endmodule
`endif // end EMULATION
`endif // end RAM_INTERFACE